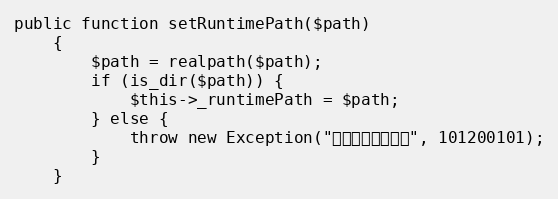
Language: PHP
public function setRuntimePath($path)
    {
        $path = realpath($path);
        if (is_dir($path)) {
            $this->_runtimePath = $path;
        } else {
            throw new Exception("日志根目录不存在", 101200101);
        }
    }